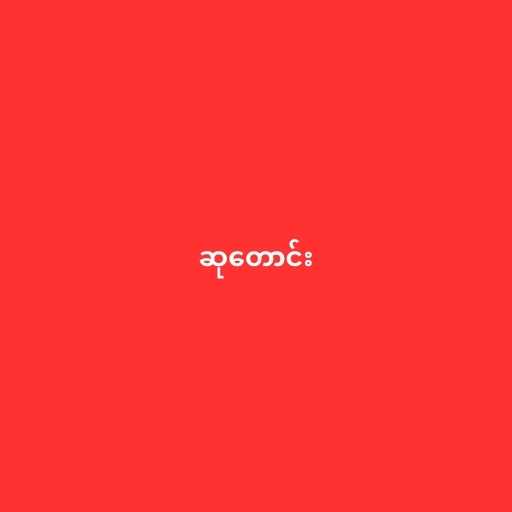
ဆုတောင်း